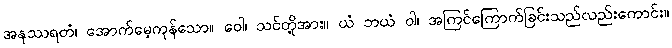
အနုဿရတံ၊ အောက်မေ့ကုန်သော။ ဝေါ၊ သင်တို့အား။ ယံ ဘယံ ဝါ၊ အကြင်ကြောက်ခြင်းသည်လည်းကောင်း။